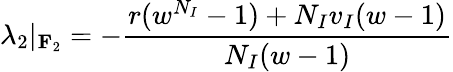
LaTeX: \lambda_{2}|_{\mathbf{F}_{2}}=-\frac{r(w^{N_{I}}-1)+N_{I}v_{I}(w-1)}{N_{I}(w-1)}